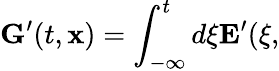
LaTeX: {\mathbf G}^{\prime}(t,{\mathbf x})=\int_{-\infty}^{t}d\xi{\mathbf E}^{\prime}(\xi,